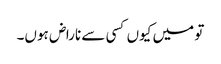
تو میں کیوں کسی سے ناراض ہوں۔